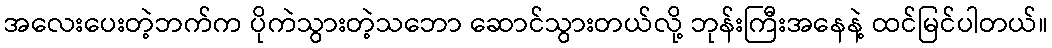
အလေးပေးတဲ့ဘက်က ပိုကဲသွားတဲ့သဘော ဆောင်သွားတယ်လို့ ဘုန်းကြီးအနေနဲ့ ထင်မြင်ပါတယ်။